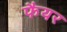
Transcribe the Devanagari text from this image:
फैयर